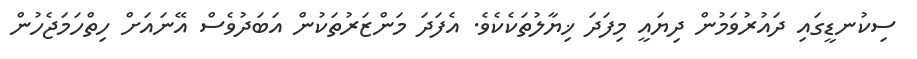
ސިކުނޑީގައި ދައުރުވަމުން ދިޔައީ މިފަދަ ޚިޔާލުތަކެކެވެ. އެފަދަ މަންޒަރުތަކުން އަބަދުވެސް އޭނައަށް ހިތްހަމަޖެހުން